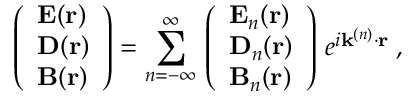
\left( \begin{array} { l } { { \bf E } ( { \bf r } ) } \\ { { \bf D } ( { \bf r } ) } \\ { { \bf B } ( { \bf r } ) } \end{array} \right) = \sum _ { n = - \infty } ^ { \infty } \, \left( \begin{array} { l } { { \bf E } _ { n } ( { \bf r } ) } \\ { { \bf D } _ { n } ( { \bf r } ) } \\ { { \bf B } _ { n } ( { \bf r } ) } \end{array} \right) \, e ^ { i { \bf k } ^ { ( n ) } \cdot { \bf r } } \: ,